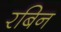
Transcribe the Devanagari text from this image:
रबिन